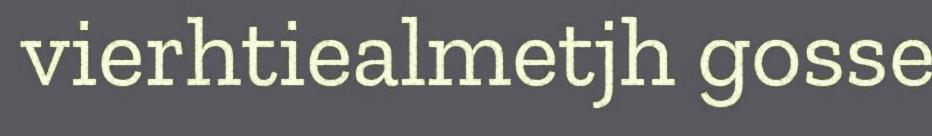
vierhtiealmetjh gosse